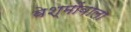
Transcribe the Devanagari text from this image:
वेश्मोंवाला